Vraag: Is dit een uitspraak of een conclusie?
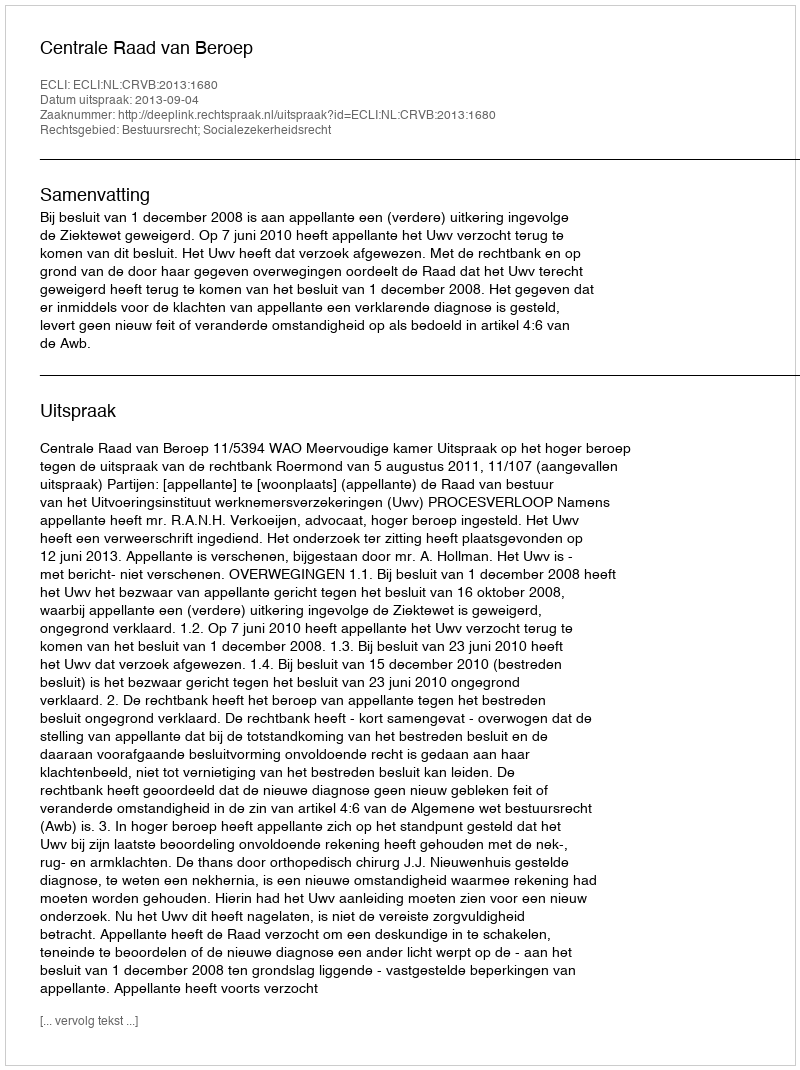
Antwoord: Uitspraak